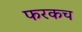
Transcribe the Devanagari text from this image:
फरकच